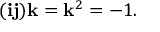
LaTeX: ( \mathbf { i j } ) \mathbf { k } = \mathbf { k } ^ { 2 } = - 1 .